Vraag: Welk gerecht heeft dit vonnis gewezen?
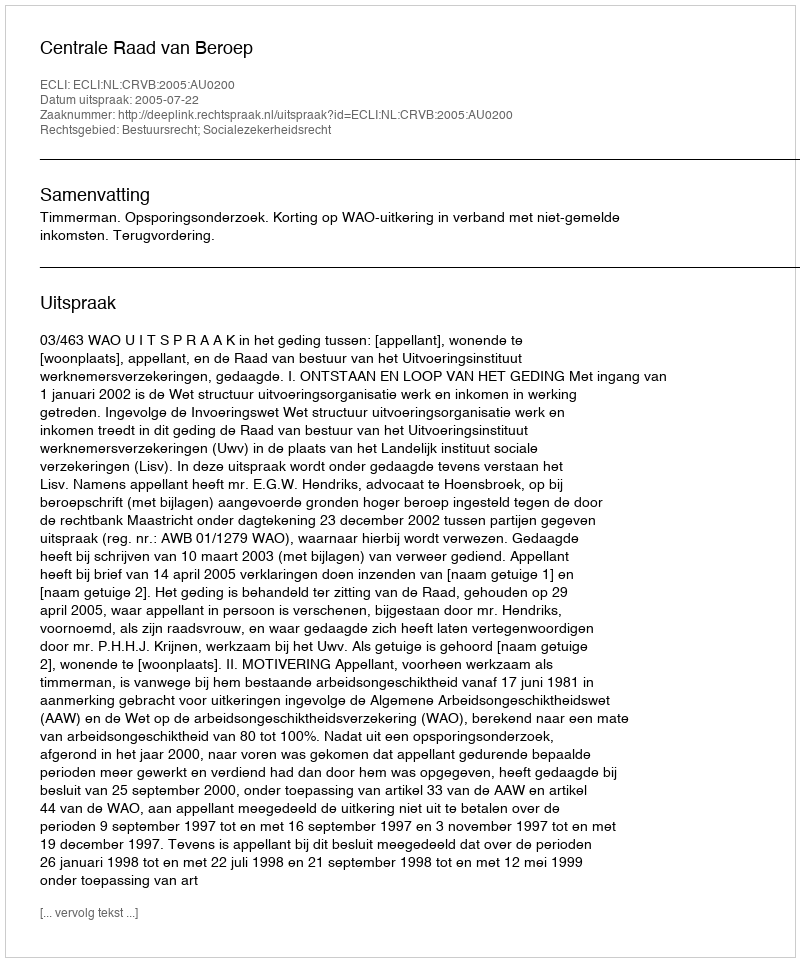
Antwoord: Centrale Raad van Beroep